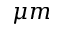
\mu m